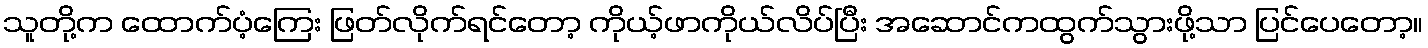
သူတို့က ထောက်ပံ့ကြေး ဖြတ်လိုက်ရင်တော့ ကိုယ့်ဖာကိုယ်လိပ်ပြီး အဆောင်ကထွက်သွားဖို့သာ ပြင်ပေတော့။